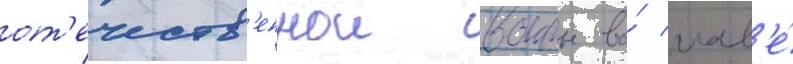
от'ечеств'еннои воины во́ глав'е́